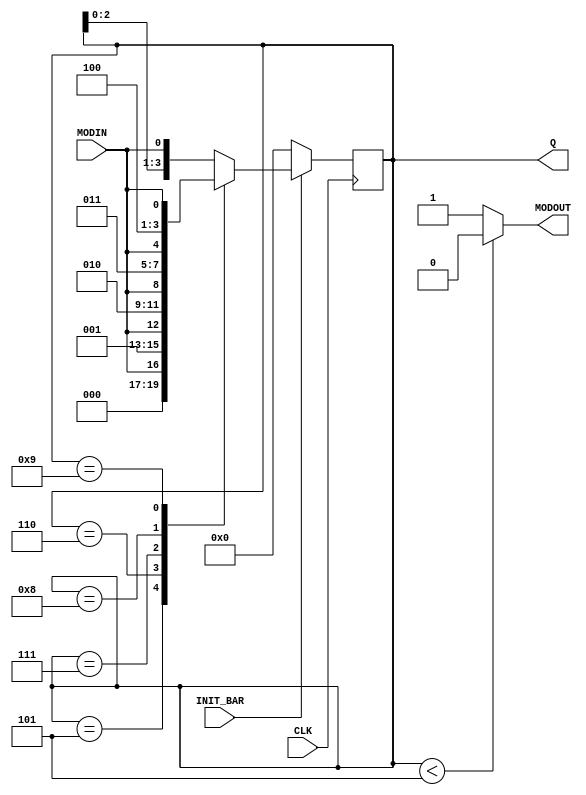
/************************************************
 * Modulo conversor bcd unidigito               *
 *                                              *
 * 05.07.2010 v0.1 pseudo original mfiguer      *
 ************************************************/

module bin2bcdDigit(
  input wire  [0:0] MODIN,
  input wire  [0:0] INIT_BAR,
  input wire  [0:0] CLK,
  output reg  [3:0] Q,
  output wire [0:0] MODOUT
);

assign MODOUT = (Q < 5) ? 0 : 1;

always @(posedge CLK) begin
  if (!INIT_BAR)
    Q <= 4'd0;
  else begin
    case (Q)
      4'd5: Q <= {3'd0, MODIN};
      4'd6: Q <= {3'd1, MODIN};
      4'd7: Q <= {3'd2, MODIN};
      4'd8: Q <= {3'd3, MODIN};
      4'd9: Q <= {3'd4, MODIN};
      default: Q <= {Q[2:0], MODIN};
    endcase
  end
end

endmodule